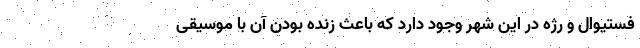
فستیوال و رژه در این شهر وجود دارد که باعث زنده بودن آن با موسیقی